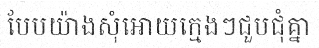
បែបយ៉ាងសុំអោយក្មេងៗជួបជុំគ្នា